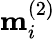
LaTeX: \mathbf{m}_{i}^{(2)}